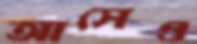
আসেও